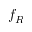
f _ { R }